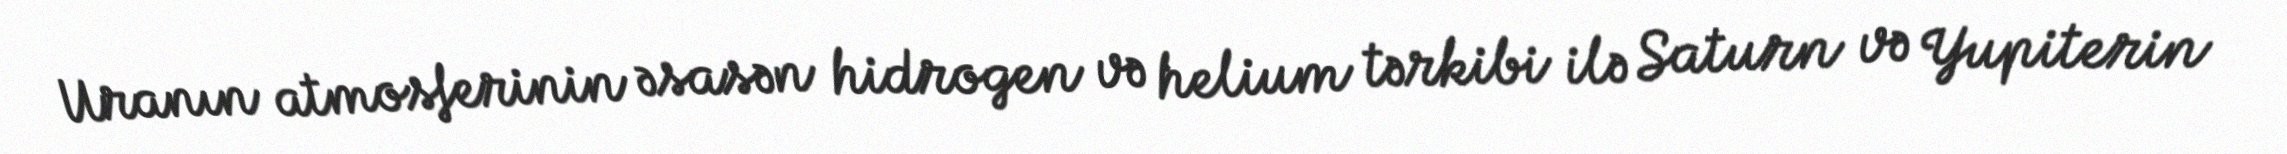
Uranın atmosferinin əsasən hidrogen və helium tərkibi ilə Saturn və Yupiterin